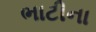
ભાટીના